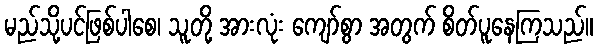
မည်သို့ပင်ဖြစ်ပါစေ၊ သူတို့ အားလုံး ကျော်စွာ အတွက် စိတ်ပူနေကြသည်။